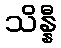
သိန္နီ